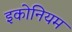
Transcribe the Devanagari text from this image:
इकोनियम